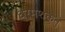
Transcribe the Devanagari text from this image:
धर्मशक्तु